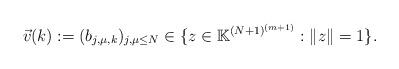
LaTeX: \begin{align*}\vec{v}( k):=(b_{j,\mu , k})_{j,\mu \leq N}\in \{ z\in \mathbb{K}^{(N+1)^{(m+1)}}: \|z\|=1 \}.\end{align*}